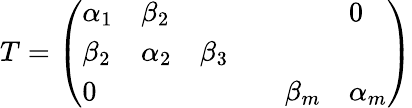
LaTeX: T={\left(\begin{array}{llllll}{\alpha_{1}}&{\beta_{2}}&{}&{}&{}&{0}\\ {\beta_{2}}&{\alpha_{2}}&{\beta_{3}}&{}&{}&{}\\ {0}&{}&{}&{}&{\beta_{m}}&{\alpha_{m}}\end{array}\right)}